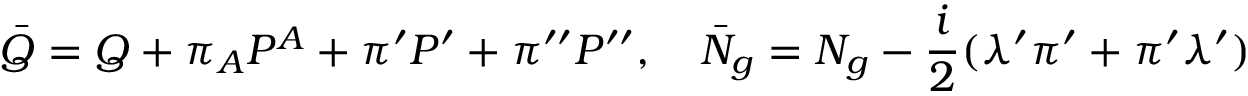
\bar { Q } = Q + \pi _ { A } { \cal P } ^ { A } + \pi ^ { \prime } { \cal P } ^ { \prime } + \pi ^ { \prime \prime } { \cal P } ^ { \prime \prime } , ~ ~ ~ \bar { N } _ { g } = N _ { g } - { \frac { i } { 2 } } ( \lambda ^ { \prime } \pi ^ { \prime } + \pi ^ { \prime } \lambda ^ { \prime } )